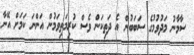
ސާމާނު މަދުވުމުގެ ސަބަބުން އެ ދަތިކަން ވެސް ކުރިމަތިވަމުން އަންނަ ކަމަށް އޭނާ